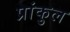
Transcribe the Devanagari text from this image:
प्रांकुल